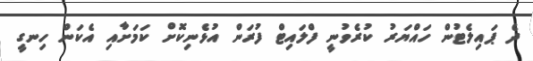
ދެ ޕައިލެޓުން ހައްޔަރު ކުރެވުނީ ފްލައިޓް ފުރަން އުޅެނިކޮށް ކަމަށާއި އެކަން ހިނގީ